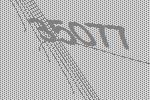
35077